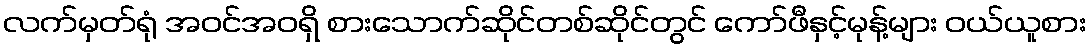
လက်မှတ်ရုံ အဝင်အဝရှိ စားသောက်ဆိုင်တစ်ဆိုင်တွင် ကော်ဖီနှင့်မုန့်များ ဝယ်ယူစား